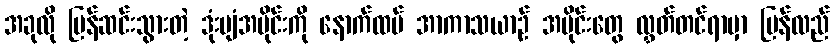
အခုလို ပြန်ဆင်းသွားတဲ့ ဒုံးပျံအပိုင်းကို နောက်ထပ် အာကာသယာဉ် အပိုင်းတွေ လွှတ်တင်ရာမှာ ပြန်လည်